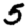
Digit: 5